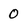
Character: 0